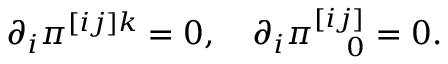
\partial _ { i } \pi ^ { [ i j ] k } = 0 , \quad \partial _ { i } \pi _ { \ \ \ 0 } ^ { [ i j ] } = 0 .